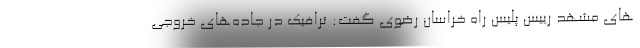
های مشهد رییس پلیس راه خراسان ‌رضوی گفت: ترافیک در جاده‌های خروجی